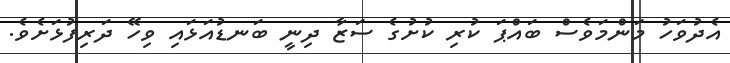
އެދުވަހު މަންމަވެސް ބައްޕަ ކުރި ކުށުގެ ސަޒާ ދިނީ ބަނޑުއަޅައި ވިހޭ ދަރިފުޅަށެވެ.